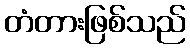
တံတားဖြစ်သည်